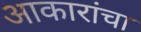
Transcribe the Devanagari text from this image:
आकारांचा